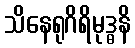
သိနေရုဂိရိမုဒ္ဓနိ